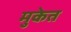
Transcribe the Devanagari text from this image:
मुकेत